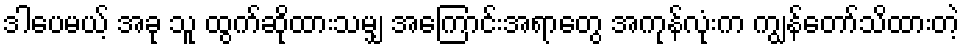
ဒါပေမယ့် အခု သူ ထွက်ဆိုထားသမျှ အကြောင်းအရာတွေ အကုန်လုံးက ကျွန်တော်သိထားတဲ့